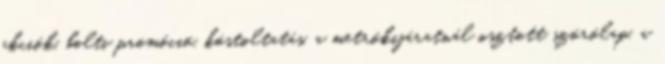
akciók, bolti promóció, kóstoltatás, a metrókijáratnál osztott szórólap, a